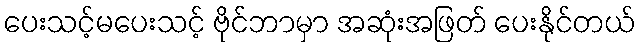
ပေးသင့်မပေးသင့် ဗိုင်ဘာမှာ အဆုံးအဖြတ် ပေးနိုင်တယ်